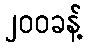
၂၀၀ခန့်